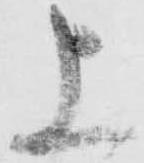
上